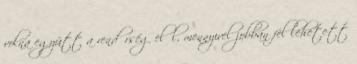
volna együtt a rendőrség elől, mennyivel jobban fel lehetett